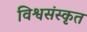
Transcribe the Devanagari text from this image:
विश्वसंस्कृत